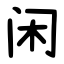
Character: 闲